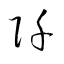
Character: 阡